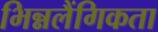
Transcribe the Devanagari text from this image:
भिन्नलैंगिकता